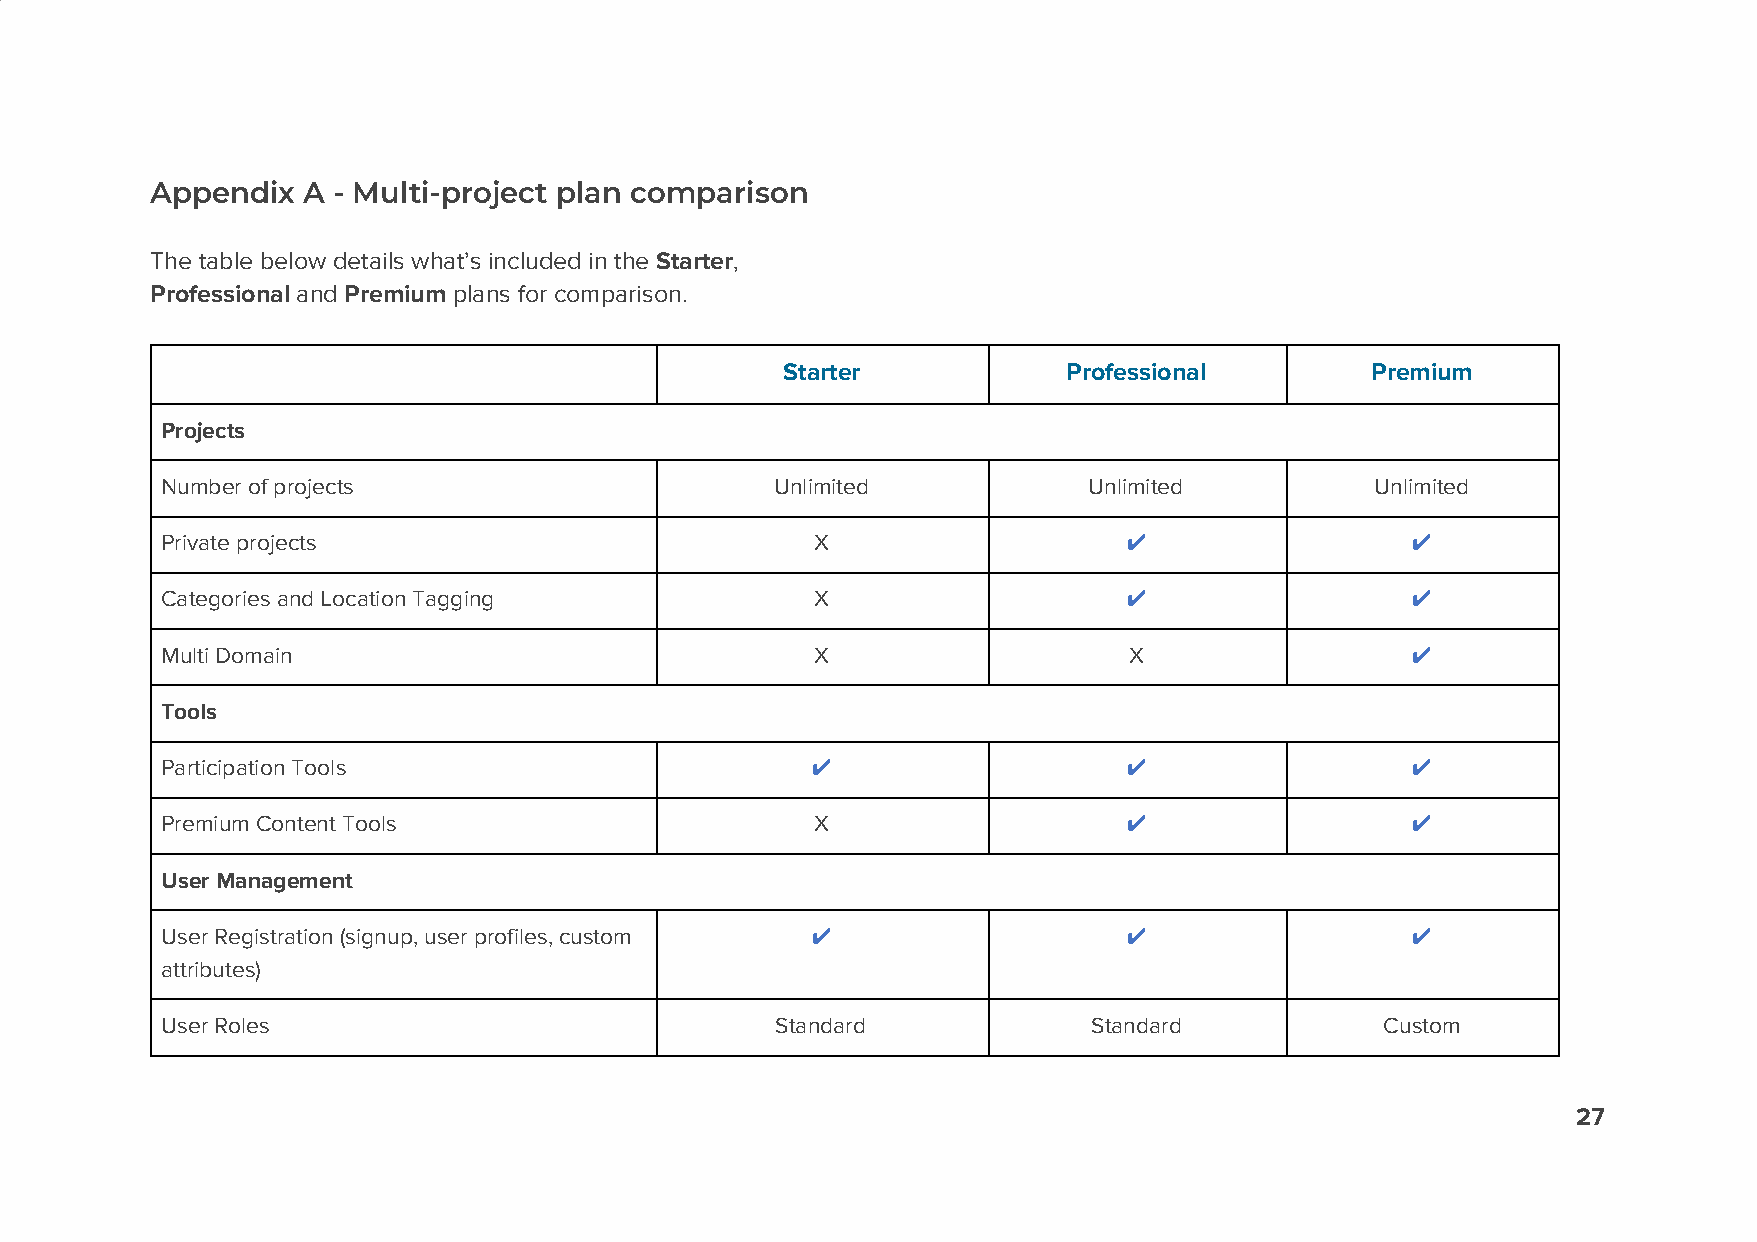
Appendix  A - Multi-project plan comparison
 The table below details what’s included in the Starter,
 ​     ​
 Professional and Premium plans for comparison.
 ​   ​      ​
 Starter            Professional        Premium
 Projects
 Number of projects                      Unlimited            Unlimited          Unlimited
 Private projects                           X                   ✔                  ✔
 Categories and Location Tagging            X                   ✔                  ✔
 Multi Domain                               X                    X                 ✔
 Tools
 Participation Tools                        ✔                   ✔                  ✔
 Premium Content Tools                      X                   ✔                  ✔
 User Management
 User Registration (signup, user profiles, custom ✔             ✔                  ✔
 attributes)
 User Roles                              Standard             Standard            Custom
 27